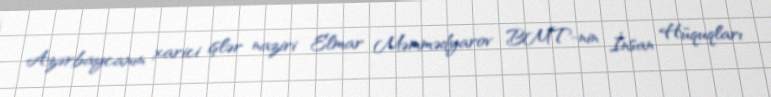
Azərbaycanın xarici işlər naziri Elmar Məmmədyarov BMT-nin İnsan Hüquqları